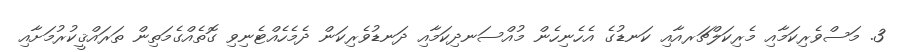
3. މަސްވެރިކަމާއި މެރިކަލްޗަރއާއި ކަނޑުގެ އެހެނިހެން މުއްސަނދިކަމާއި ދަނޑުވެރިކަން ދެމެހެއްޓެނިވި ގޮތެއްގެމަތިން ތަރައްޤީކުރުމަށާއި